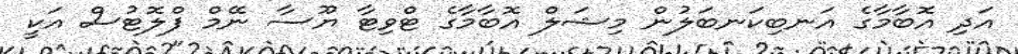
އަދި އޮބާމާގެ އަނބިކަނބަލުން މިޝަލް އޮބާމާގެ ޓްވިޓާ ޔޫސާ ނޭމް ފްލޮޓުސް އަކީ